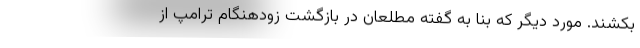
بکشند. مورد دیگر که بنا به گفته مطلعان در بازگشت زودهنگام ترامپ از